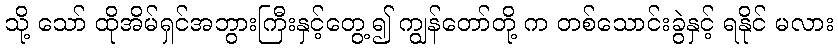
သို့ သော် ထိုအိမ်ရှင်အဘွားကြီးနှင့်တွေ့၍ ကျွန်တော်တို့ က တစ်သောင်းခွဲနှင့် ရနိုင် မလား